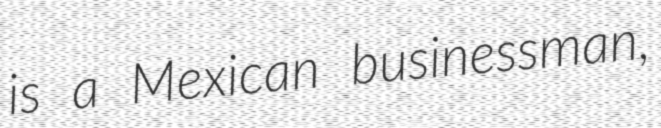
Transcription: is a Mexican businessman,